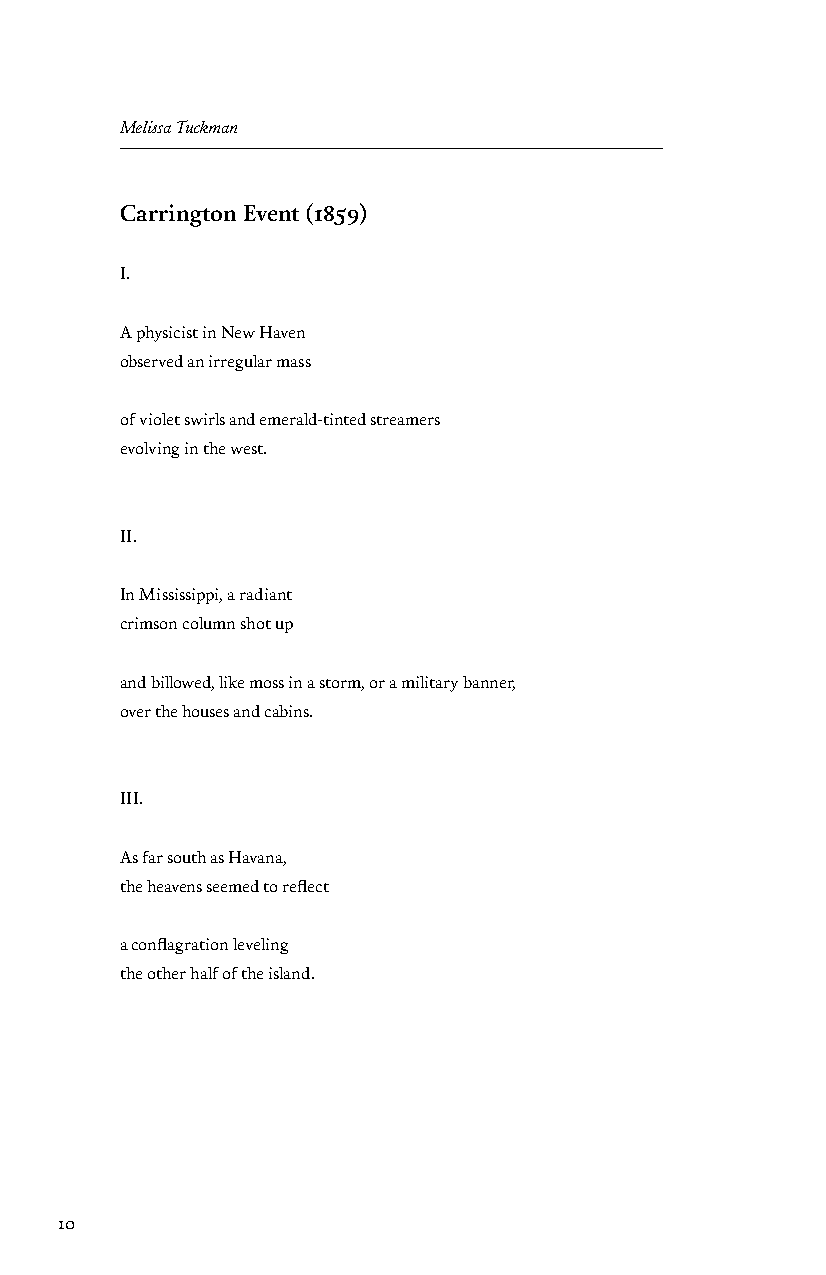
Melissa Tuckman
 Carrington Event (1859)
 I.
 A physicist in New Haven
 observed an irregular mass
 of violet swirls and emerald-tinted streamers
 evolving in the west.
 II.
 In Mississippi, a radiant
 crimson column shot up
 and billowed, like moss in a storm, or a military banner,
 over the houses and cabins.
 III.
 As far south as Havana,
 the heavens seemed to reflect
 a conflagration leveling
 the other half of the island.
 10